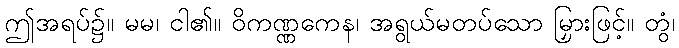
ဤအရပ်၌။ မမ၊ ငါ၏။ ဝိကဏ္ဏကေန၊ အရွယ်မတပ်သော မြှားဖြင့်။ တွံ၊